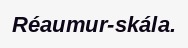
Réaumur-skála.